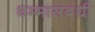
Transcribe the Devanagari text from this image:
धम्मासंबंधी